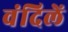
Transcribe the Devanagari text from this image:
वंदिलें